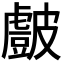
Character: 𭽷